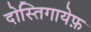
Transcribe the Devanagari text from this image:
दोस्तिगायेफ़